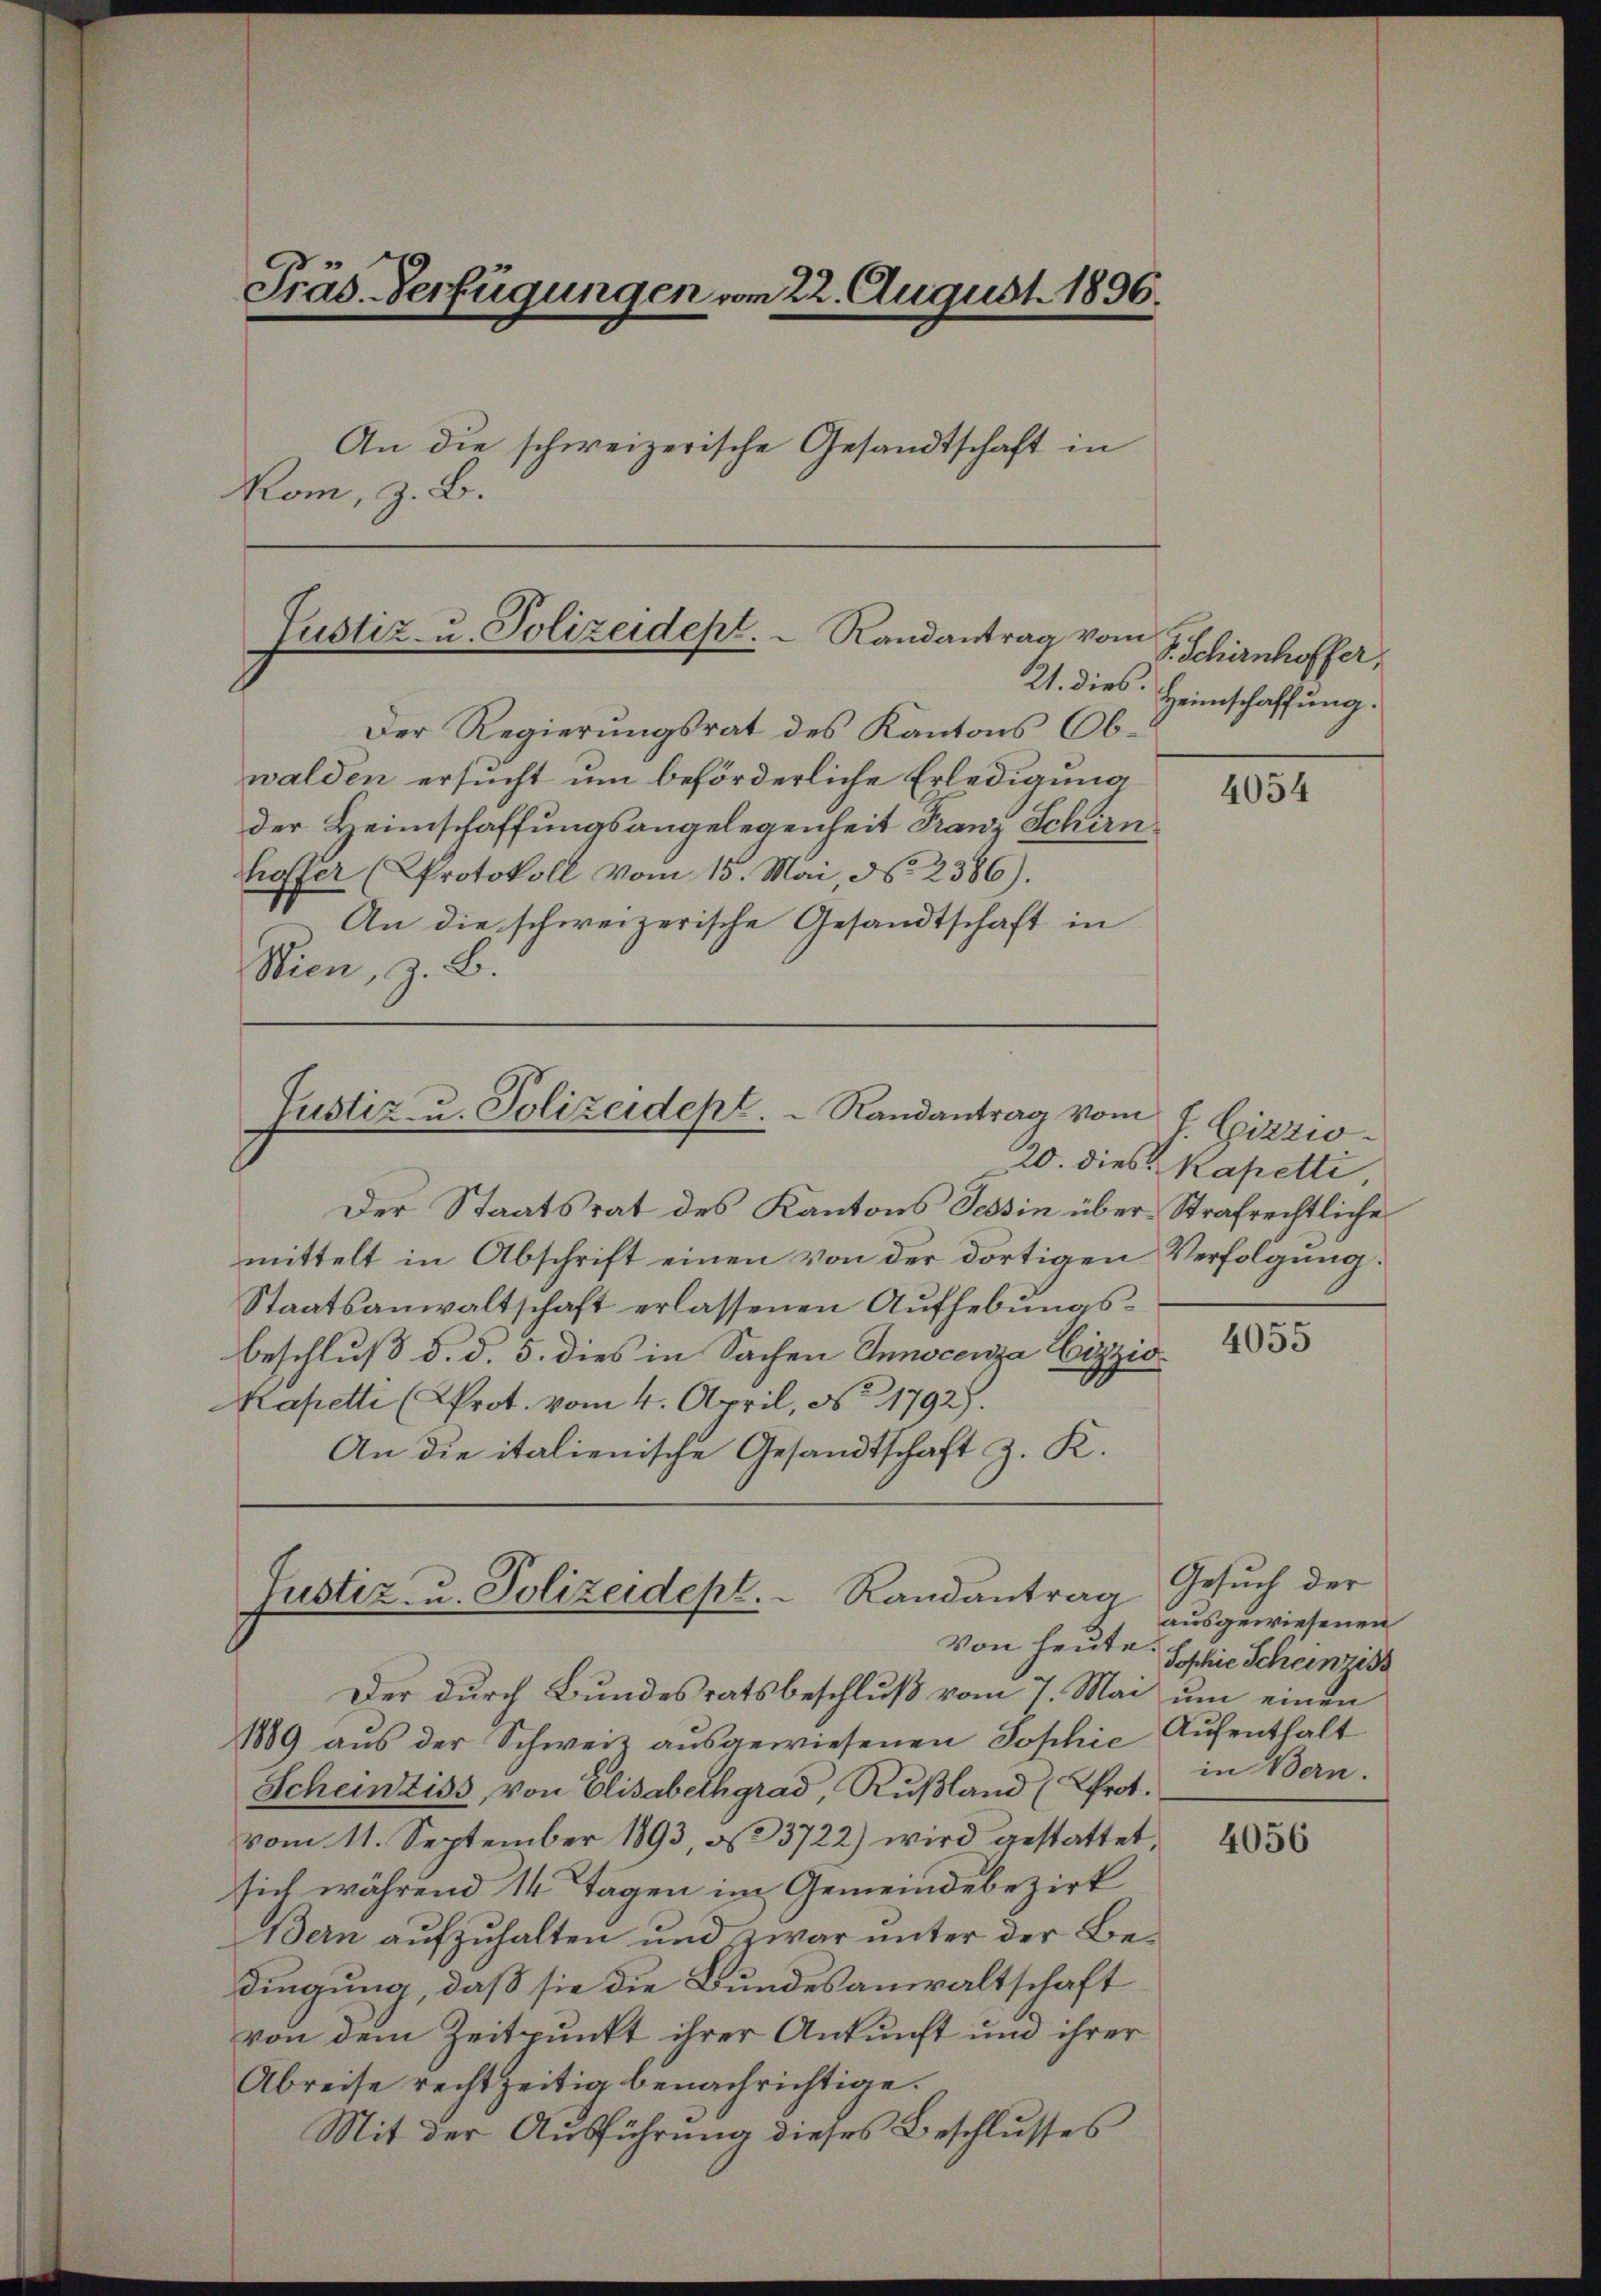
Präs. Verfügungen vom 22. August 1806.
An die schweizerische Gesandtschaft in
Rom, z. B.

Justiz- u. Polizeidept.  Randantrag vom

Justiz- u. Polizeidept.   Randantrag vom

Justiz- u. Polizeidept. Randantrag

Der Regierungsrat des Kantons Obwalden ersucht um beförderliche Erledigung
der Heimschaffungsangelegenheit Franz Schirn
hoffer (Protokoll vom 15. Mai, No 2386).
An die schweizerische Gesandtschaft in
Sien, z. B.

Der Staatsrat des Kantons Tessin über Strafrechtliche
mittelt in Abschrift einen von der dortigen Verfolgung
Staatsanwaltschaft erlassenen Aufhebungsbeschluß d. d. 5. dies in Sachen Innocenza Gizzis
Mapetti (Prot. vom 4. April, No 1792.
An die italienische Gesandtschaft z. K.

Der durch Bundesratsbeschluß vom 7. Mai um einen
1889 aus der Schweiz ausgewiesenen Sophie Aufenthalt
Scheintiss, von Elisabethgrad, Rußland (Prot.
vom 11. September 1893, § 3722) wird gestattet,
sich während 14 Tagen im Gemeindebezirk
Bern aufzuhalten und zwar unter der Bedingung, daß sie die Bundesanwaltschaft
von dem Zeitpunkt ihrer Ankunft und ihrer
Abreise rechtzeitig benachrichtige.
Mit der Ausführung dieses Beschlusses

S. Schirnhoffer,
21. dies. Heimschaffung.

4054

J. Gizzio-
20. dies Kapetti

4055

Gesuch der
ausgewiesenen
Von heute. Sophie Scheinzis
in Bern.

4056